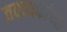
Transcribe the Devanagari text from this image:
तवायफांच्या